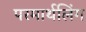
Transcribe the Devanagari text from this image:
परमार्थलिंग